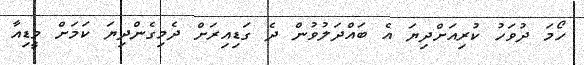
ހޯމަ ދުވަހު ކުރިއަށްދިޔަ އެ ބައްދަލުވުން ދެ ގަޑިއިރަށް ދެމިގެންދިޔަ ކަމަށް މީޑިއާ